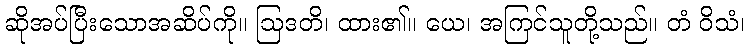
ဆိုအပ်ပြီးသောအဆိပ်ကို။ ဩဒတိ၊ ထား၏။ ယေ၊ အကြင်သူတို့သည်။ တံ ဝိသံ၊